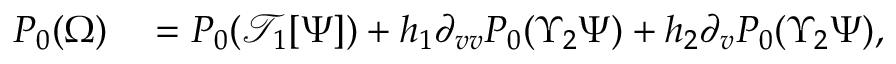
\begin{array} { r l } { P _ { 0 } ( \Omega ) } & { { } = P _ { 0 } ( \mathcal { T } _ { 1 } [ \Psi ] ) + h _ { 1 } \partial _ { v v } P _ { 0 } ( \Upsilon _ { 2 } \Psi ) + h _ { 2 } \partial _ { v } P _ { 0 } ( \Upsilon _ { 2 } \Psi ) , } \end{array}